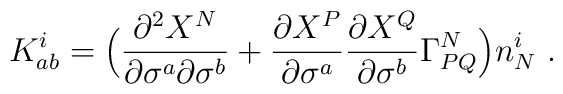
K^{i}_{ab} = \Bigl(\frac{\partial^2 X^{N}}{\partial \sigma^a\partial \sigma^b} + \frac{\partial X^{P}}{\partial \sigma^a}\frac{\partial X^{Q}}{\partial \sigma^b} \Gamma^{N}_{PQ} \Bigr)n^{i}_N~.